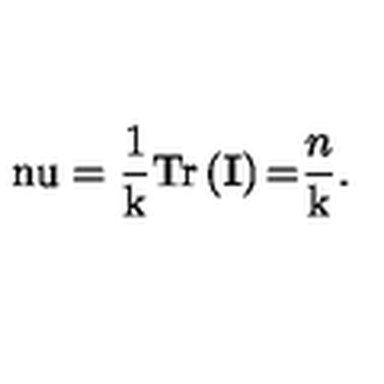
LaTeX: \mathrm { \ n u } = \frac { 1 } { \mathrm { k } } \mathrm { T r } \left( \mathbf { I } \right) \mathrm { = } \frac { n } { \mathrm { k } } .